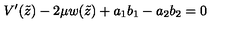
V ^ { \prime } ( \tilde { z } ) - 2 \mu w ( \tilde { z } ) + a _ { 1 } b _ { 1 } - a _ { 2 } b _ { 2 } = 0